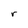
Character: r